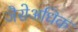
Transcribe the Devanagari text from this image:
जैसेअधिक